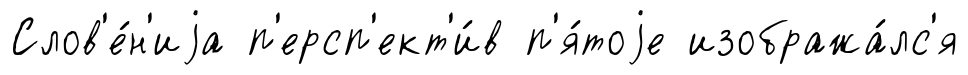
Слов'е́н'иjа п'ерсп'ект'и́в п'я́тоjе изобража́лс'я